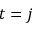
t = j